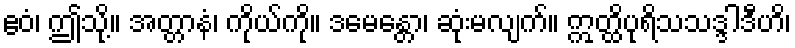
ဧဝံ၊ ဤသို့။ အတ္တာနံ၊ ကိုယ်ကို။ ဒမေန္တော၊ ဆုံးမလျက်။ ဣတ္ထိပုရိသသဒ္ဒါဒီဟိ၊